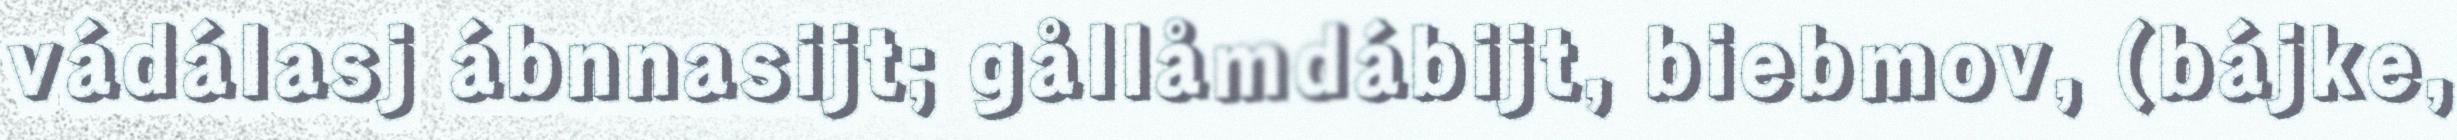
vádálasj ábnnasijt; gållåmdábijt, biebmov, (bájke,